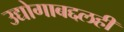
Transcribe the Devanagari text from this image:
उद्योगाबद्दलही